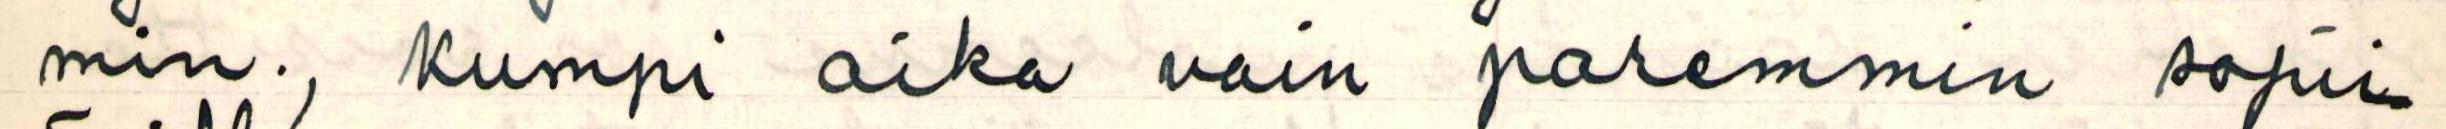
min., Kumpi aika vain paremmin sopii